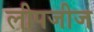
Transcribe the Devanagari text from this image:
लीपजीज